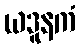
ယဒူနကံ